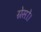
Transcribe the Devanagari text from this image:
ग्रेसो।